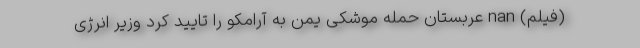
(فیلم) nan عربستان حمله موشکی یمن به آرامکو را تایید کرد وزیر انرژی